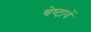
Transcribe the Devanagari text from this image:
चेष्‍टायें